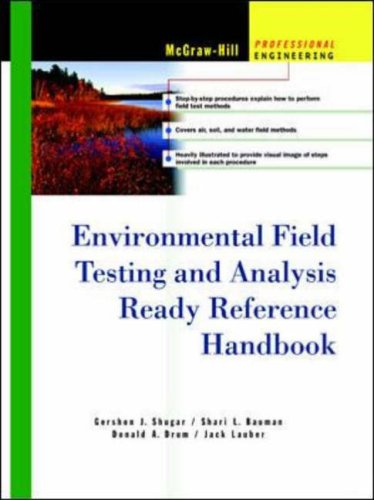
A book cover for Environmental Field Testing and Analysis Ready Reference Handbook; Gershon Shugar; Science & Math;